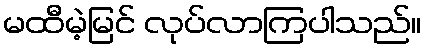
မထီမဲ့မြင် လုပ်လာကြပါသည်။